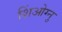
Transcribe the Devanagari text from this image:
शिंओग्नु